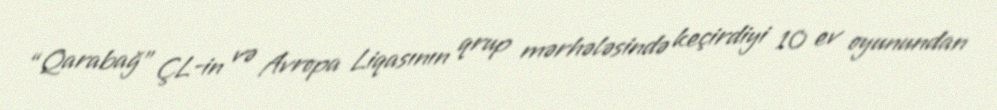
“Qarabağ” ÇL-in və Avropa Liqasının qrup mərhələsində keçirdiyi 10 ev oyunundan